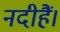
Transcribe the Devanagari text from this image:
नदीहैं।